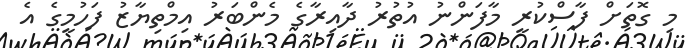
މި ގޮތަށް ފާސްކުރީ މާފަންނު އުތުރު ދާއިރާގެ މެންބަރު އިމްތިޔާޒު ފަހުމީގެ އެ